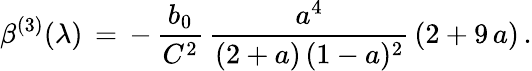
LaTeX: {\beta}^{(3)}({\lambda})\, =\, -\, \frac{b_{0}}{C^{2}}\, \frac{a^{4}}{(2+a)\, (1-a)^{2}}\, (2+9\, a)\, .